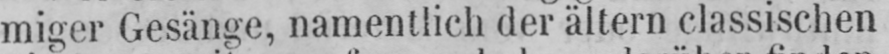
miger Gesänge, namentlich der ältern classischen